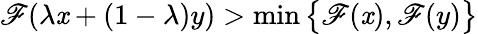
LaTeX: \mathscr{F}(\lambda\mathit{x}+(1-\lambda)y)>\operatorname*{min}{\big\{ }\mathscr{F}(\mathit{x}),\mathscr{F}(y){\big\} }